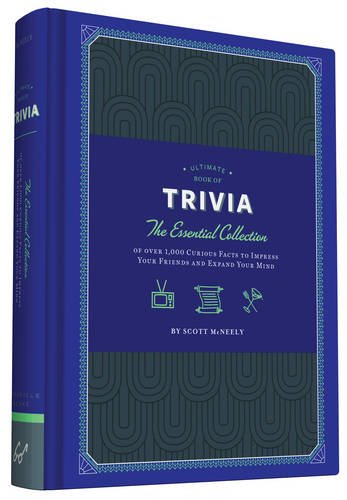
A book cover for Ultimate Book of Trivia: The Essential Collection of over 1,000 Curious Facts to Impress Your Friends and Expand Your Mind; Scott McNeely; Humor & Entertainment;